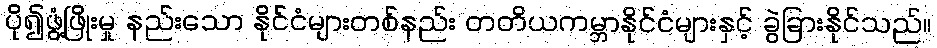
ပို၍ဖွံ့ဖြိုးမှု နည်းသော နိုင်ငံများတစ်နည်း တတိယကမ္ဘာနိုင်ငံများနှင့် ခွဲခြားနိုင်သည်။